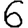
Digit: 6